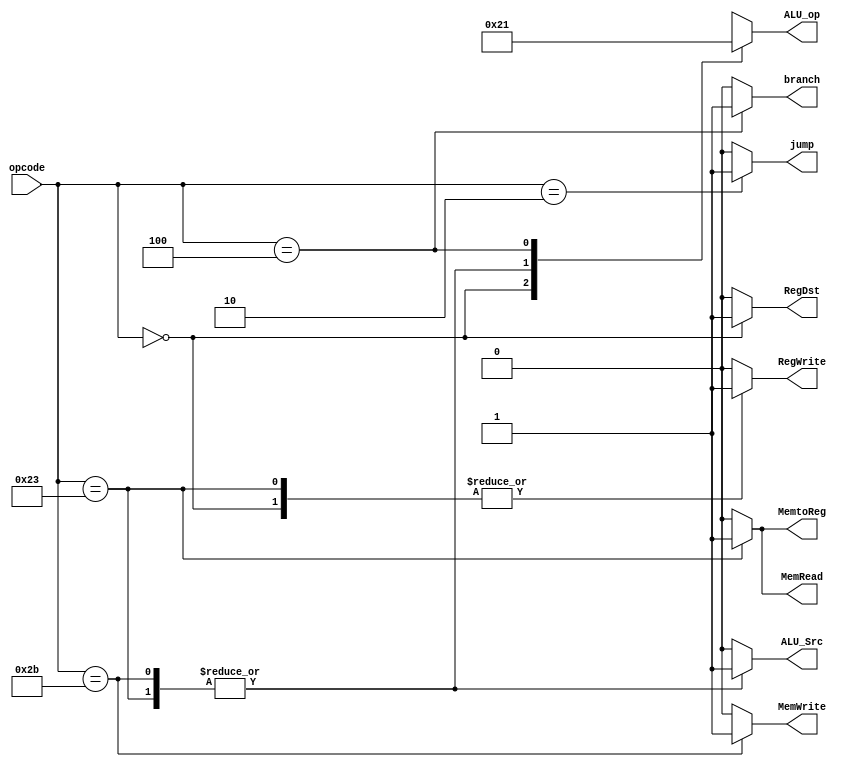
`timescale 1ns / 1ps
//////////////////////////////////////////////////////////////////////////////////
// Company: 
// Engineer: 
// 
// Design Name: 
// Module Name:    Control_Unit 
// Project Name: 
// Target Devices: 
// Tool versions: 
// Description: 
//
// Dependencies: 
//
// Revision: 
// Revision 0.01 - File Created
// Additional Comments: 
//
//////////////////////////////////////////////////////////////////////////////////
module Control_Unit(
	input [5:0] opcode, //31:26 Instruction
	output reg jump, branch,
	output reg RegWrite,
	output reg MemWrite,
	output reg MemRead,
	output reg [1:0]ALU_op,
	output reg ALU_Src,
	output reg RegDst,
	output reg MemtoReg
    );

    always @(*) begin
		case(opcode)
			0: begin
				RegDst 		    <= 1;
				ALU_Src 		<= 0;
				MemtoReg		<= 0;
				RegWrite		<= 1;
				MemRead		    <= 0;
				MemWrite		<= 0;
				ALU_op			<= 2'b10;
				branch          <= 0;
				jump            <= 0; 
			end
			//load
			35: begin
				RegDst 		    <= 0;
				ALU_Src		    <= 1;
				MemtoReg		<= 1;
				RegWrite		<= 1;
				MemRead		    <= 1;
				MemWrite		<= 0;
				ALU_op			<= 2'b00;
				branch          <= 0;
				jump            <= 0;
			end
			//store
			43: begin
				RegDst 		    <= 0;
				MemtoReg		<= 0;
				RegWrite		<= 0;
				ALU_Src         <= 1;
				MemRead		    <= 0;
				MemWrite		<= 1;
				ALU_op			<= 2'b00;
				branch          <= 0;
				jump            <= 0;
			end
			
			//beq
			4: begin
				ALU_Src		    <= 0;
				RegWrite		<= 0;
				MemRead		    <= 0;
				MemWrite		<= 0;
				RegDst          <= 0;
				ALU_op			<= 2'b01;
				branch          <= 1;
				jump            <= 0;
				MemtoReg        <= 0;
			end
			
			//jump
			2: begin
				RegDst 		    <= 0;
				RegWrite		<= 0;
				MemRead		    <= 0;
				MemWrite		<= 0;
				MemtoReg        <= 0;
				RegDst          <= 0;
				ALU_Src		    <= 0;
				branch          <= 0;
				jump            <= 1;
				ALU_op			<= 2'bXX;
			end
			
			default : begin
			     RegDst 		    <= 0;
				RegWrite		<= 0;
				MemRead		    <= 0;
				MemWrite		<= 0;
				MemtoReg        <= 0;
				RegDst          <= 0;
				ALU_Src		    <= 0;
				branch          <= 0;
				jump            <= 0;
				ALU_op			<= 2'bXX;
			end
		endcase
	end

endmodule